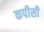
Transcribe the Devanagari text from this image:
कपीसी